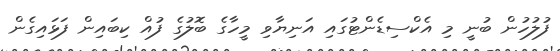
ފުލުހުން ބުނީ މި އެކްސިޑެންޓުގައި އަނިޔާވި މީހާގެ ބޮލުގެ ފުއް ކިބައިން ފަޅައިގެން